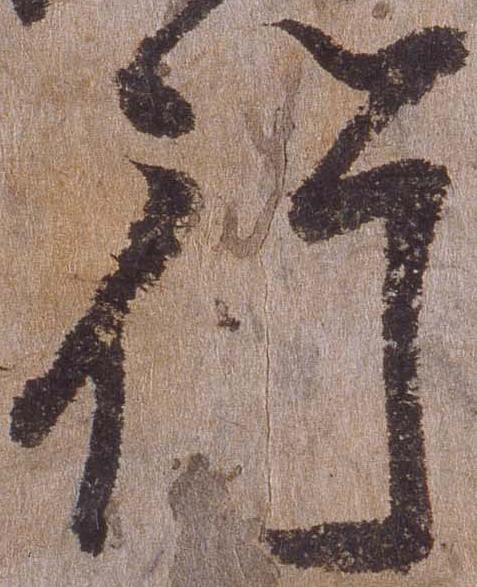
行